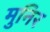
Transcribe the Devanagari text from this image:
मुनिर